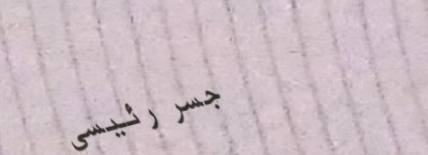
جسر رئيسي